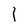
Character: l